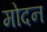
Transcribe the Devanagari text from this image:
मोदन